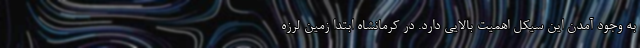
به وجود آمدن این سیکل اهمیت بالایی دارد. در کرمانشاه ابتدا زمین لرزه